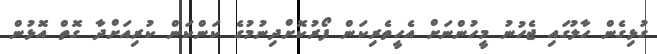
ގުޅިގެން ހާލުގައި ޖެހުނު މީހުންނަށް އެހީތެރިކަން ފޯރުކޮށްދިނުމުގެ ކަންކަން ކުރިއަށްދާ ގޮތް އޮޅުން